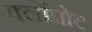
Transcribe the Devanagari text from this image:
क्लोंप्रोट